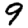
Digit: 9